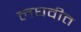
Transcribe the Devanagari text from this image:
लघवीत